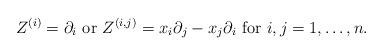
LaTeX: \begin{align*}Z^{(i)} =\partial_i \mbox{ or } Z^{(i,j)}= x_i \partial_j - x_j \partial_i \mbox{ for }i, j=1,\dots, n. \end{align*}